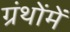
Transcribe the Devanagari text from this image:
ग्रंथोंमें